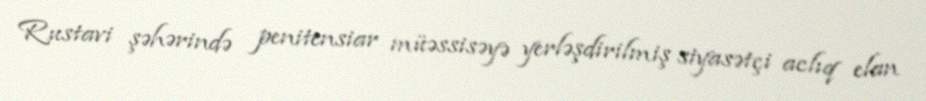
Rustavi şəhərində penitensiar müəssisəyə yerləşdirilmiş siyasətçi aclıq elan